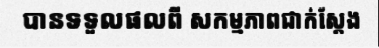
បានទទួលផលពី សកម្មភាពជាក់ស្តែង